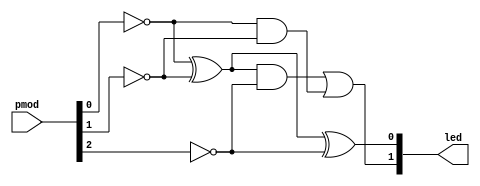
// Module: full adder
module full_adder (

    // Inputs
    input [2:0]     pmod,

    // Outpus
    output [1:0]    led
);

    // Wire declarations
    wire A;     // Bit A
    wire B;     // Bit B
    wire Cin;   // Carry in bit

    // Continuous assignment: Making wires high on button press
    assign A = ~pmod[0];
    assign B = ~pmod[1];
    assign Cin = ~pmod[2];

    // Continuous assignment: Adder
    assign led[0] = (A ^ B) ^ Cin;
    assign led[1] = ((A ^ B) & Cin) | (A & B);

endmodule